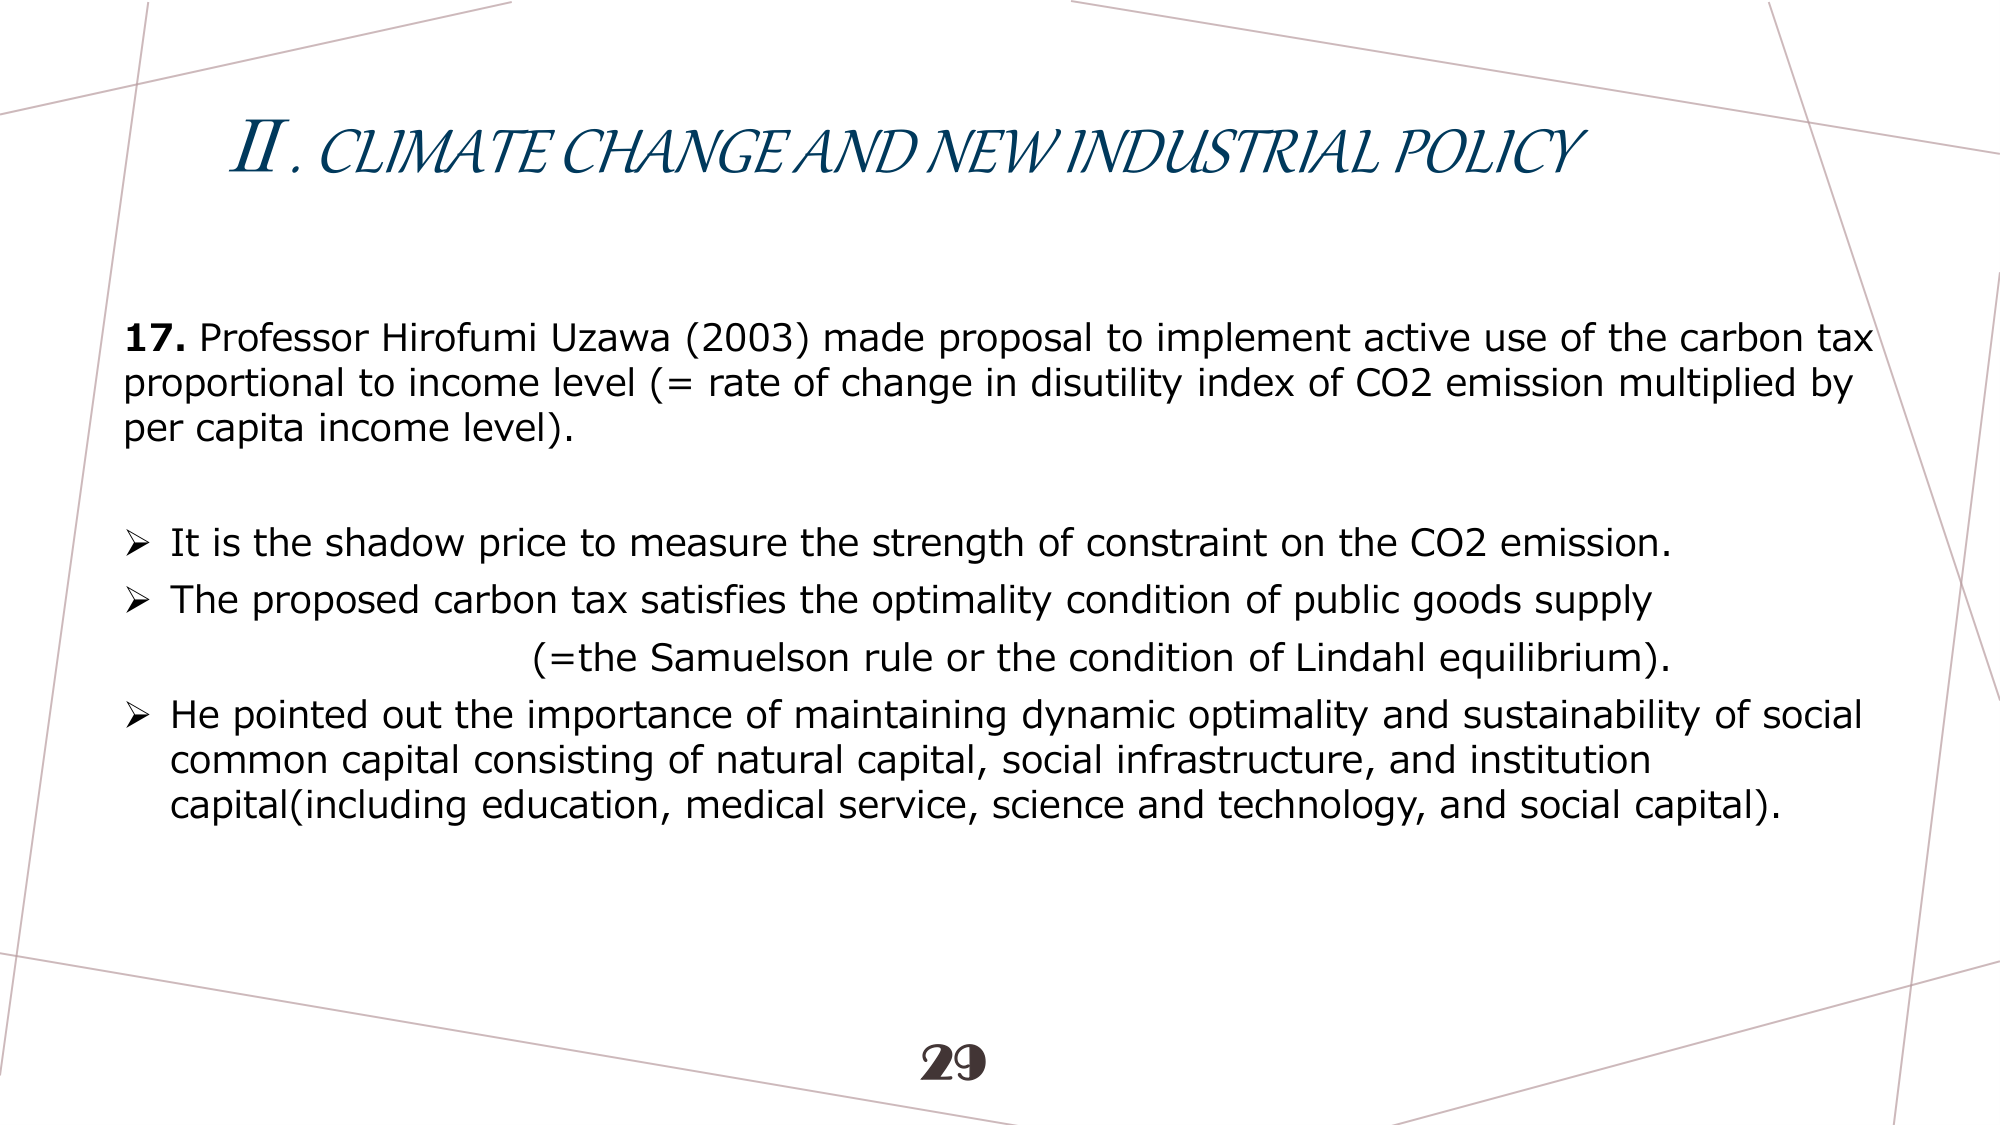
II. CLIMATE CHANGE AND NEW INDUSTRIAL POLICY

17. Professor Hirofumi Uzawa (2003) made proposal to implement active use of the carbon tax proportional to income level (= rate of change in disutility index of CO2 emission multiplied by per capita income level).

➤ It is the shadow price to measure the strength of constraint on the CO2 emission.
➤ The proposed carbon tax satisfies the optimality condition of public goods supply (=the Samuelson rule or the condition of Lindahl equilibrium).
➤ He pointed out the importance of maintaining dynamic optimality and sustainability of social common capital consisting of natural capital, social infrastructure, and institution capital(including education, medical service, science and technology, and social capital).

29